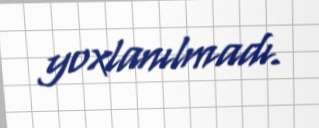
yoxlanılmadı.